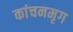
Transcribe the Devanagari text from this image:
कांचनमृग